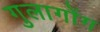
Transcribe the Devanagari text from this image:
गुलागोंग